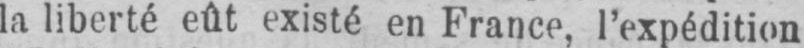
la liberté eût existé en France, l’expédition